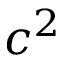
c ^ { 2 }